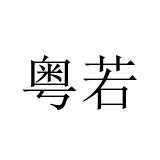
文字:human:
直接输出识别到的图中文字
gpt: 粤若